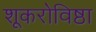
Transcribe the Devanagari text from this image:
शूकरोविष्ठा